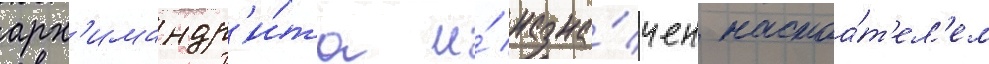
арх'имандр'и́та и́ назна́чен настоа́т'ел'ем